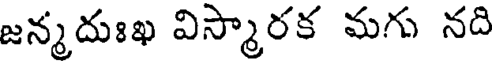
జన్మదుఃఖ విస్మారక మగు నది